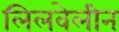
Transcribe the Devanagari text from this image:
लिलवेलीन